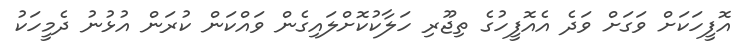
އޮފީހަކަށް ވަގަށް ވަދެ އެއޮފީހުގެ ތިޖޫރި ހަލާކުކޮށްލައިގެން ވައްކަން ކުރަން އުޅުނު ދެމީހަކު